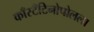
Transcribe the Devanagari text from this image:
काँस्टँटिनोपोलला